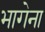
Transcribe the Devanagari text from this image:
भागेना